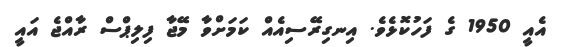
އެއީ 1950 ގެ ފަހުކޮޅެވެ. އިނގިރޭސިއެއް ކަމަށްވާ މޭޖާ ފިލިޕްސް ރާއްޖެ އައީ